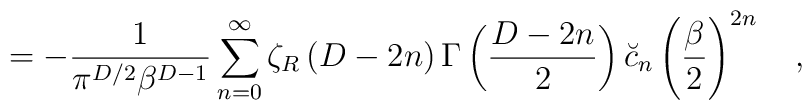
=-{1 \over \pi^{D/2}\beta^{D-1}}\sum_{n=0}^{\infty}\zeta_R\left(D-2n\right)\Gamma\left({D-2n \over 2}\right)\breve{c}_{n}\left({\beta \over 2}\right)^{2n}~~~,